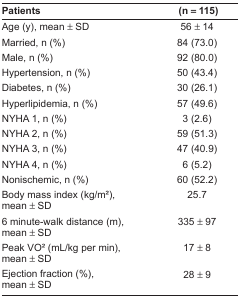
| Patients | (n = 115) |
 | --- | --- |
 | Age (y), mean ± SD | 56 ± 14 |
 | Married, n (%) | 84 (73.0) |
 | Male, n (%) | 92 (80.0) |
 | Hypertension, n (%) | 50 (43.4) |
 | Diabetes, n (%) | 30 (26.1) |
 | Hyperlipidemia, n (%) | 57 (49.6) |
 | NYHA 1, n (%) | 3 (2.6) |
 | NYHA 2, n (%) | 59 (51.3) |
 | NYHA 3, n (%) | 47 (40.9) |
 | NYHA 4, n (%) | 6 (5.2) |
 | Nonischemic, n (%) | 60 (52.2) |
 | Body mass index (kg/m2), mean ± SD | 25.7 |
 | 6 minute-walk distance (m), mean ± SD | 335 ± 97 |
 | Peak VO2 (mL/kg per min), mean ± SD | 17 ± 8 |
 | Ejection fraction (%), mean ± SD | 28 ± 9 |